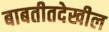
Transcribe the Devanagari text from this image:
बाबतीतदेखील